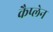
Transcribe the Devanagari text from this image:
कैप्लेन